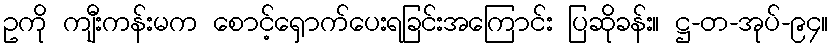
ဥကို ကျီးကန်းမက စောင့်ရှောက်ပေးရခြင်းအကြောင်း ပြဆိုခန်း။ ဋ္ဌ-တ-အုပ်-၉၄။